Report of the Indian Hemp Drugs Commission, 1894-1895 - Volume V
Year: 1894
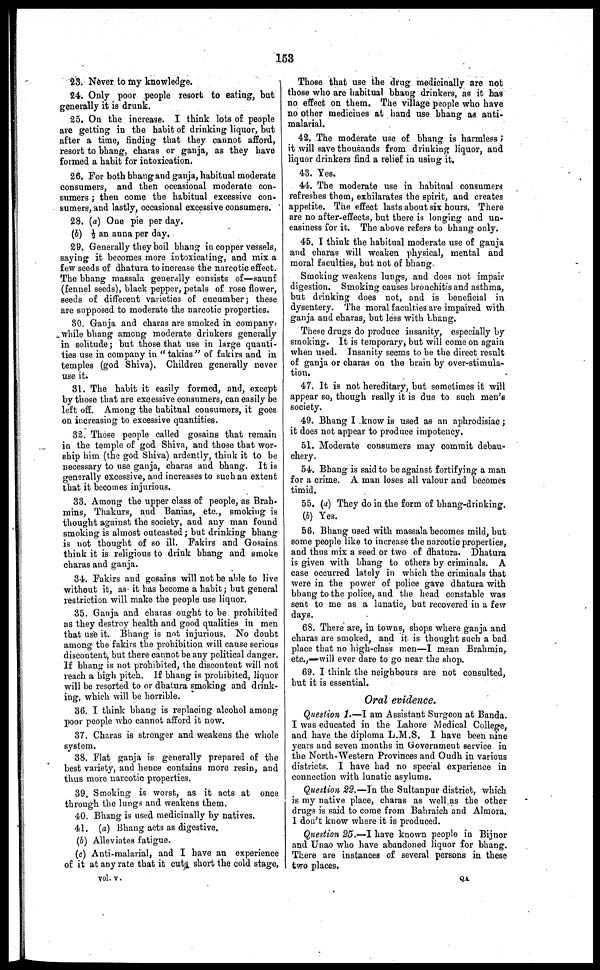
153
23. Never to my knowledge.
24. Only poor people resort to eating, but
generally it is drunk.
25. On the increase. I think lots of people
are getting in the habit of drinking liquor, but
after a time, finding that they cannot afford,
resort to bhang, charas or ganja, as they have
formed a habit for intoxication.
26. For both bhang and ganja, habitual moderate
consumers, and then occasional moderate con-
sumers; then come the habitual excessive con-
sumers, and lastly, occasional excessive consumers.
28. (a) One pie per day.
(b) ½ an anna per day.
29. Generally they boil bhang in copper vessels,
saying it becomes more intoxicating, and mix a
few seeds of dhatura to increase the narcotic effect.
The bhang massala generally consists of—saunf
(fennel seeds), black pepper, petals of rose flower,
seeds of different varieties of cucumber; these
are supposed to moderate the narcotic properties.
80. Ganja and charas are smoked in company,
while bhang among moderate drinkers generally
in solitude; but those that use in large quanti-
ties use in company in "takias" of fakirs and in
temples (god Shiva). Children generally never
use it.
31. The habit it easily formed, and, except
by those that are excessive consumers, can easily be
left off. Among the habitual consumers, it goes
on increasing to excessive quantities.
32. Those people called gosains that remain
in the temple of god Shiva, and those that wor-
ship him (the god Shiva) ardently, think it to be
necessary to use ganja, charas and bhang. It is
generally excessive, and increases to such an extent
that it becomes injurious.
33. Among the upper class of people, as Brah-
mins, Thakurs, and Banias, etc., smoking is
thought against the society, and any man found
smoking is almost outcasted; but drinking bhang
is not thought of so ill. Fakirs and Gosains
think it is religious to drink bhang and smoke
charas and ganja.
34. Fakirs and gosains will not be able to live
without it, as it has become a habit; but general
restriction will make the people use liquor.
35. Ganja and charas ought to be prohibited
as they destroy health and good qualities in men
that use it. Bhang is not injurious. No doubt
among the fakirs the prohibition will cause serious
discontent, but there cannot be any political danger.
If bhang is not prohibited, the discontent will not
reach a high pitch. If bhang is prohibited, liquor
will be resorted to or dhatura smoking and drink-
ing, which will be horrible.
36. I think bhang is replacing alcohol among
poor people who cannot afford it now.
37. Charas is stronger and weakens the whole
system,
38. Flat ganja is generally prepared of the
best variety, and hence contains more resin, and
thus more narcotic properties.
39. Smoking is worst, as it acts at once
through the lungs and weakens them.
40. Bhang is used medicinally by natives.
41. (a) Bhang acts as digestive.
(b) Alleviates fatigue.
(c) Anti-malarial, and I have an experience
of it at any rate that it cuts short the cold stage,
Those that use the drug medicinally are not
those who are habitual bhang drinkers, as it has
no effect on them. The village people who have
no other medicines at hand use bhang as anti-
malarial.
42. The moderate use of bhang is harmless;
it will save thousands from drinking liquor, and
liquor drinkers find a relief in using it.
43. Yes.
44. The moderate use in habitual consumers
refreshes them, exhilarates the spirit, and creates
appetite. The effect lasts about six hours. There
are no after-effects, but there is longing and un-
easiness for it. The above refers to bhang only.
45. I think the habitual moderate use of ganja
and charas will weaken physical, mental and
moral faculties, but not of bhang.
Smoking weakens lungs, and does not impair
digestion. Smoking causes bronchitis and asthma,
but drinking does not, and is beneficial in
dysentery. The moral faculties are impaired with
ganja and charas, but less with bhang.
These drugs do produce insanity, especially by
smoking. It is temporary, but will come on again
when used. Insanity seems to be the direct result
of ganja or charas on the brain by over-stimula-
tion.
47. It is not hereditary, but sometimes it will
appear so, though really it is due to such men's
society.
49. Bhang I know is used as an aphrodisiac;
it does not appear to produce impotency.
51, Moderate consumers may commit debau-
chery.
54. Bhang is said to be against fortifying a man
for a crime. A man loses all valour and becomes
timid.
55. (a) They do in the form of bhang-drinking.
(b) Yes.
56. Bhang used with massala becomes mild, but
some people like to increase the narcotic properties,
and thus mix a seed or two of dhatura. Dhatura
is given with bhang to others by criminals. A
case occurred lately in which the criminals that
were in the power of police gave dhatura with
bhang to the police, and the head constable was
sent to me as a lunatic, but recovered in a few
days.
68. There are, in towns, shops where ganja and
charas are smoked, and it is thought such a bad
place that no high-class men—I mean Brahmin,
etc.,— will ever dare to go near the shop.
69. I think the neighbours are not consulted,
but it is essential.
Oral evidence.
Question 1.—I am Assistant Surgeon at Banda.
I was educated in the Lahore Medical College,
and have the diploma L.M.S. I have been nine
years and seven months in Government service in
the North-Western Provinces and Oudh in various
districts. I have had no special experience in
connection with lunatic asylums.
Question 22.—In the Sultanpur district, which
is my native place, charas as well as the other
drugs is said to come from Bahraich and Almora.
I don't know where it is produced.
Question 25.—I have known people in Bijnor
and Unao who have abandoned liquor for bhang.
There are instances of several persons in these
two places.
vol. v.
QA